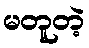
မတူတဲ့